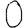
Digit: 0